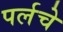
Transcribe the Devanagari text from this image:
पर्लचे